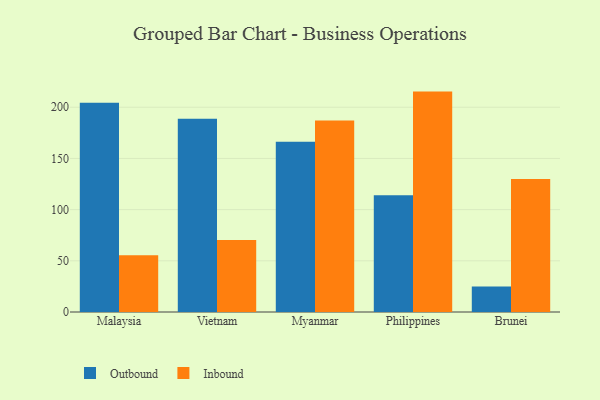
{"axis": {"x": "Country", "y": "Latency (ms)"}, "legend": ["Inbound", "Outbound"], "data": [{"x": "Malaysia", "y": 204.4, "type": "Outbound"}, {"x": "Malaysia", "y": 55.5, "type": "Inbound"}, {"x": "Vietnam", "y": 188.9, "type": "Outbound"}, {"x": "Vietnam", "y": 70.4, "type": "Inbound"}, {"x": "Myanmar", "y": 166.4, "type": "Outbound"}, {"x": "Myanmar", "y": 187.0, "type": "Inbound"}, {"x": "Philippines", "y": 114.0, "type": "Outbound"}, {"x": "Philippines", "y": 215.3, "type": "Inbound"}, {"x": "Brunei", "y": 25.0, "type": "Outbound"}, {"x": "Brunei", "y": 129.9, "type": "Inbound"}]}